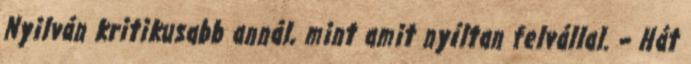
Nyilván kritikusabb annál, mint amit nyíltan felvállal. – Hát